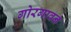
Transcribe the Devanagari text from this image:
गोरगावन